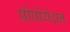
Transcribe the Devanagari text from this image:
प्रोपोगेशन